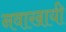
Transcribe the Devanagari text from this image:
नवाखायी